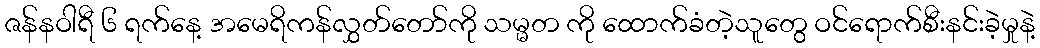
ဇန်နဝါရီ ၆ ရက်နေ့ အမေရိကန်လွှတ်တော်ကို သမ္မတ ကို ထောက်ခံတဲ့သူတွေ ဝင်ရောက်စီးနင်းခဲ့မှုနဲ့